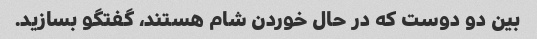
بین دو دوست که در حال خوردن شام هستند، گفتگو بسازید.